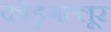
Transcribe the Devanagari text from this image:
कोडुंगल्लूर